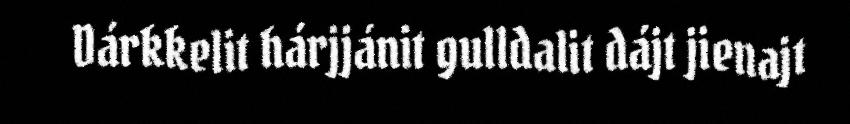
Dárkkelit hárjjánit gulldalit dájt jienajt